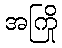
အကြို